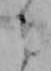
ニ